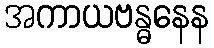
အကာယဗန္ဓနေန